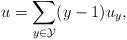
LaTeX: \begin{align*}u=\sum _{y\in \mathcal Y}(y-1)u_y,\end{align*}